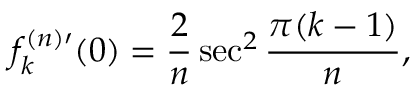
f _ { k } ^ { ( n ) \prime } ( 0 ) = \frac { 2 } { n } \sec ^ { 2 } \frac { \pi ( k - 1 ) } { n } ,